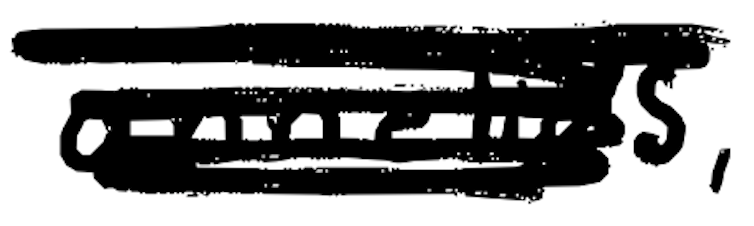
Text: annelids,
Cross-out: scratch
Writing tool: digital_black